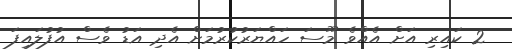
2 ކައިރި އަށް އެއްވެ މޫސަ ހައްޔަރުކުރުމަށް އެދި އަޑު ވެސް އުފުލައިފަ